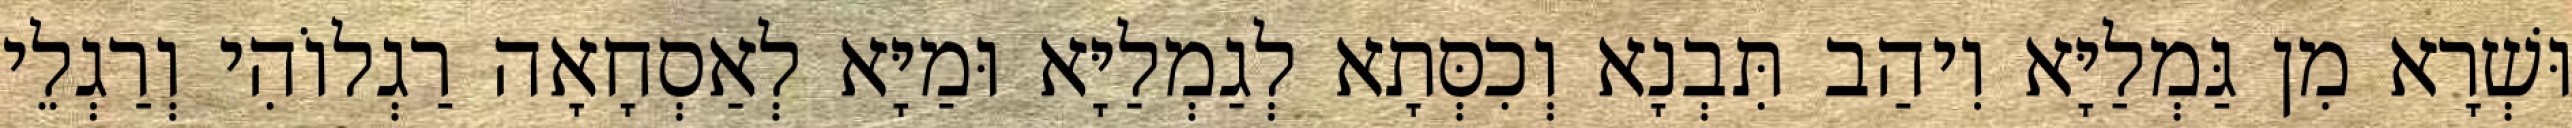
וּשְׁרָא מִן גַּמְלַיָּא וִיהַב תִּבְנָא וְכִסְּתָא לְגַמְלַיָּא וּמַיָּא לְאַסְחָאָה רַגְלוֹהִי וְרַגְלֵי